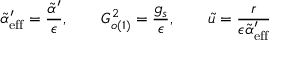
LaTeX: \tilde { \alpha } _ { \mathrm { e f f } } ^ { \prime } = \frac { \tilde { \alpha } ^ { \prime } } { \epsilon } , \qquad G _ { o ( 1 ) } ^ { 2 } = \frac { g _ { s } } { \epsilon } , \qquad \tilde { u } = \frac { r } { \epsilon \tilde { \alpha } _ { \mathrm { e f f } } ^ { \prime } }